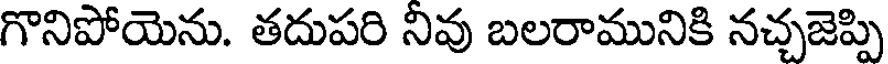
గొనిపోయెను. తదుపరి నివు బలరామునికి నచ్చజెప్పి